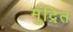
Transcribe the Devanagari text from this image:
मुंद्रित